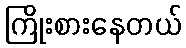
ကြိုးစားနေတယ်